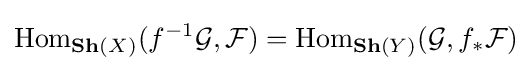
\mathrm {Hom} _{\mathbf {Sh} (X)}(f^{-1}{\mathcal {G}},{\mathcal {F}})=\mathrm {Hom} _{\mathbf {Sh} (Y)}({\mathcal {G}},f_{*}{\mathcal {F}})